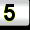
Digit: 5